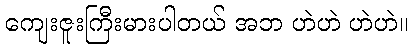
ကျေးဇူးကြီးမားပါတယ် အဘ ဟဲဟဲ ဟဲဟဲ။